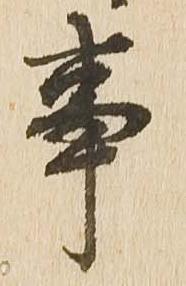
事